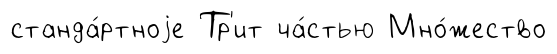
станда́ртноjе Тр'ит ча́стью Мно́жество